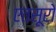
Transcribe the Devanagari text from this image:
एतसूरो